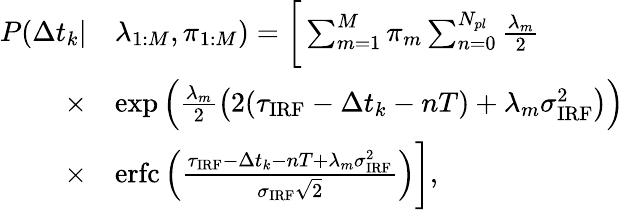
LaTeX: \begin{array}{rl}{P(\Delta t_{k}|}&{\lambda_{1:M},\pi_{1:M})=\bigg[\sum_{m=1}^{M}\pi_{m}\sum_{n=0}^{N_{pl}}\frac{\lambda_{m}}{2}}\\ {\times}&{\exp\Big(\frac{\lambda_{m}}{2}\left(2(\tau_{\mathrm{IRF}}-\Delta t_{k}-nT)+\lambda_{m}\sigma_{\mathrm{IRF}}^{2}\right)\Big)}\\ {\times}&{\mathrm{erfc}\left(\frac{\tau_{\mathrm{IRF}}-\Delta t_{k}-nT+\lambda_{m}\sigma_{\mathrm{IRF}}^{2}}{\sigma_{\mathrm{IRF}}\sqrt{2}}\right)\bigg],}\end{array}